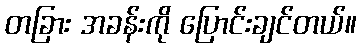
တခြား အခန်းကို ပြောင်းချင်တယ်။